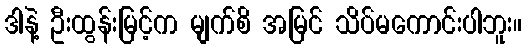
ဒါနဲ့ ဦးထွန်းမြင့်က မျက်စိ အမြင် သိပ်မကောင်းပါဘူး။